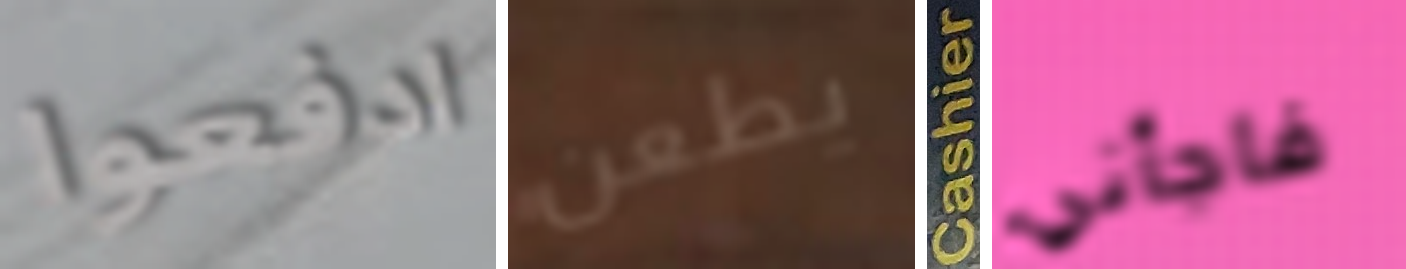
ادفعوا يطعن Cashier فاجأني